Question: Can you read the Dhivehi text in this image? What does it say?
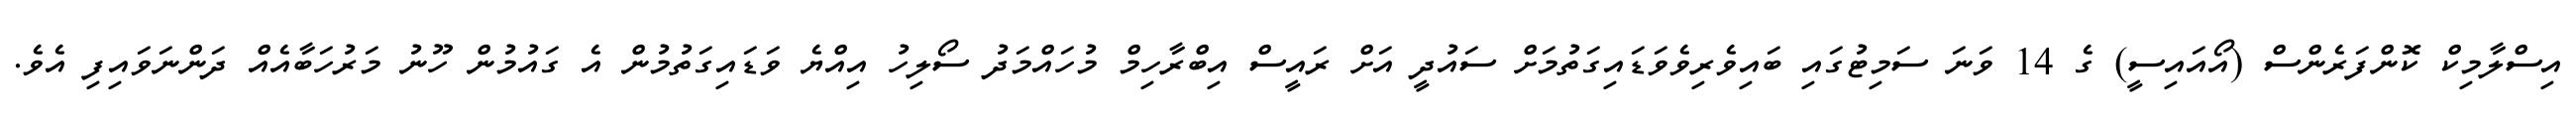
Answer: އިސްލާމިކް ކޮންފަރެންސް (އޯއައިސީ) ގެ 14 ވަނަ ސަމިޓުގައި ބައިވެރިވެވަޑައިގަތުމަށް ސައުދީ އަށް ރައީސް އިބްރާހިމް މުހައްމަދު ސޯލިހު އިއްޔެ ވަޑައިގަތުމުން އެ ގައުމުން ހޫނު މަރުހަބާއެއް ދަންނަވައިފި އެވެ.